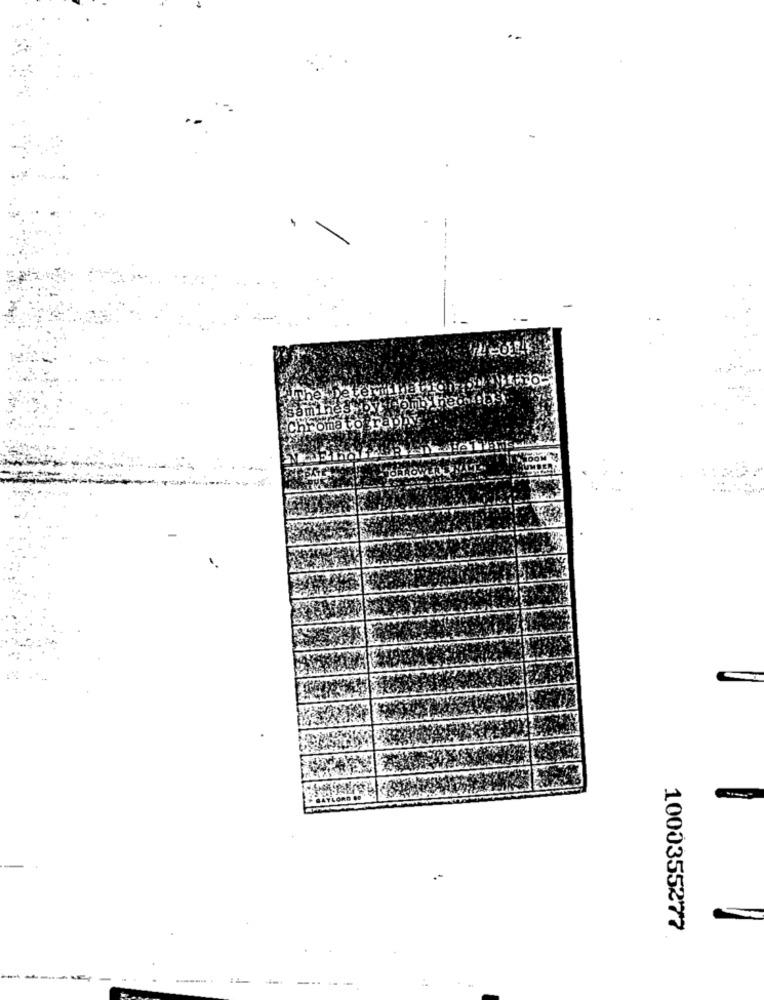
Deter
oma to
1000355277